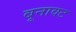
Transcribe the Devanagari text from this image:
बूनावट